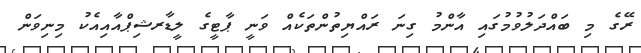
ރޭގެ މި ބައްދަލުވުމުގައި އާންމު ގިނަ ރައްޔިތުންތަކެއް ވަނީ ޕާޓީގެ ލީޑާރޝިޕްއާއިއެކު މިނިވަން